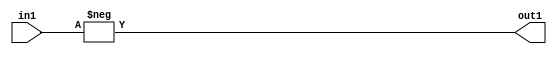
`timescale 1ps / 1ps
/*****************************************************************************
    Verilog RTL Description
    
    
    Created by: Stratus DpOpt 21.05.01 
*******************************************************************************/

module SobelFilter_Minus_32U_32S_4 (
	in1,
	out1
	); /* architecture "behavioural" */ 
input [31:0] in1;
output [31:0] out1;
wire [31:0] asc001;

assign asc001 = 
	-(in1);

assign out1 = asc001;
endmodule

/* CADENCE  urb5TAA= : u9/ySxbfrwZIxEzHVQQV8Q== ** DO NOT EDIT THIS LINE ******/